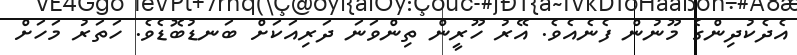
އެދެކުދިންގެ މޫނުން ފެނެއެވެ. އޭރު ހޫރީން ތިންވަނަ ދަރިއަކަށް ބަނޑުބޮޑެވެ. ހަތަރު މަހަށް